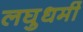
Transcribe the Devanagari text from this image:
लघुधर्मी